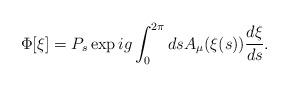
\begin{align*}\Phi[\xi] = P_s \exp ig \int_0^{2 \pi} ds A_\mu(\xi(s)) \frac{d\xi}{ds}.\end{align*}